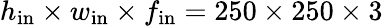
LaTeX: h_{\mathrm{in}}\times w_{\mathrm{in}}\times f_{\mathrm{in}}=250\times 250\times 3